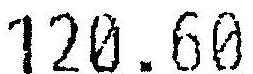
120.60